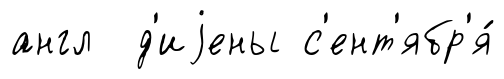
англ д'иjены с'ент'ябр'я́